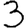
Digit: 3